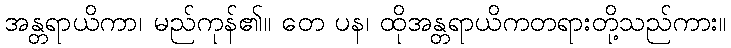
အန္တရာယိကာ၊ မည်ကုန်၏။ တေ ပန၊ ထိုအန္တရာယိကတရားတို့သည်ကား။